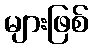
များဖြစ်